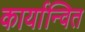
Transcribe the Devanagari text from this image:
कार्यान्‍वित